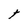
Character: t